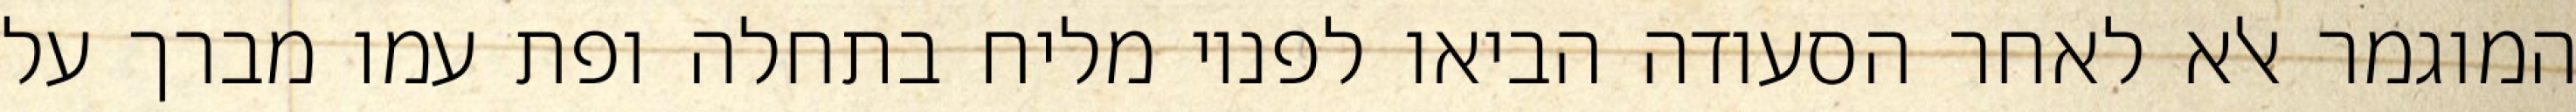
המוגמר אלא לאחר הסעודה הביאו לפניו מליח בתחלה ופת עמו מברך על